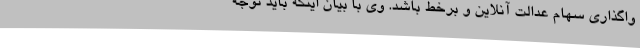
واگذاری سهام عدالت آنلاین و برخط باشد. وی با بیان اینکه باید توجه